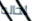
لحاله